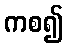
ကစ၍